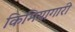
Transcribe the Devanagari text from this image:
किमियागारी